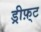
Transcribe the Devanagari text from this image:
ड्रीफ़्ट